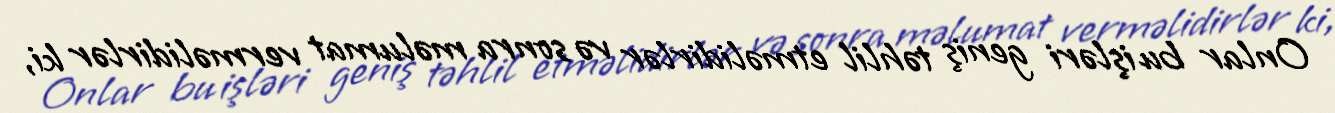
Onlar bu işləri geniş təhlil etməlidirlər və sonra məlumat verməlidirlər ki,